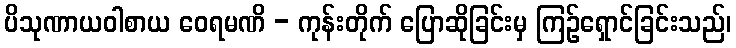
ပိသုဏာယဝါစာယ ဝေရမဏိ - ကုန်းတိုက် ပြောဆိုခြင်းမှ ကြဉ်ရှောင်ခြင်းသည်၊